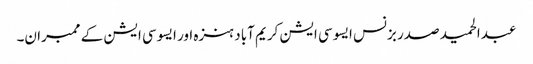
عبدالحمید صدر بزنس ایسوسی ایشن کریم آباد ہنزہ اور ایسوسی ایشن کے ممبران۔